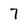
Character: 7